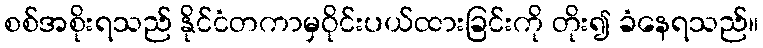
စစ်အစိုးရသည် နိုင်ငံတကာမှဝိုင်းပယ်ထားခြင်းကို တိုး၍ ခံနေရသည်။